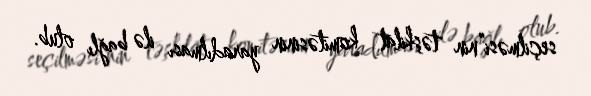
seçilməsi”nin təşkilat komitəsinin yaradılması ilə bağlı olub.